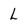
Character: L